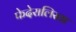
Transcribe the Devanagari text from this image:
फेदेरालिस्ता